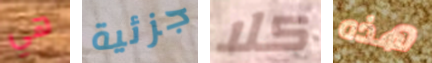
هي جزئية كلا هذه